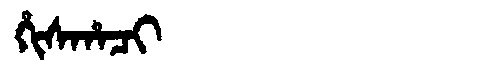
Manchu: ᡥᡳᠰᡥᠠᠴᡳ
Romanization: HISHACI